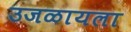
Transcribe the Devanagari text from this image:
उजळायला